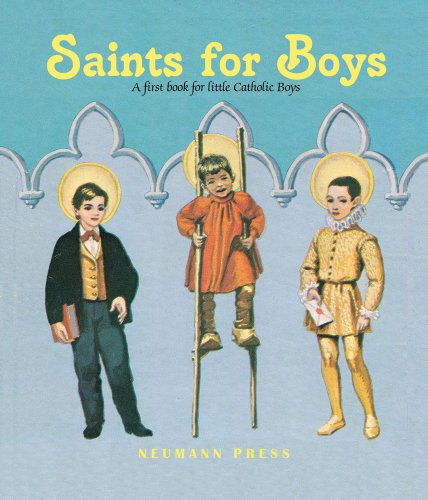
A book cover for Saints for Boys: A First Book for Little Catholic Boys; Various; Christian Books & Bibles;